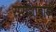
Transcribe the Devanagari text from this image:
सरीशाबाड़ी